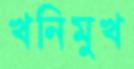
খনিমুখ